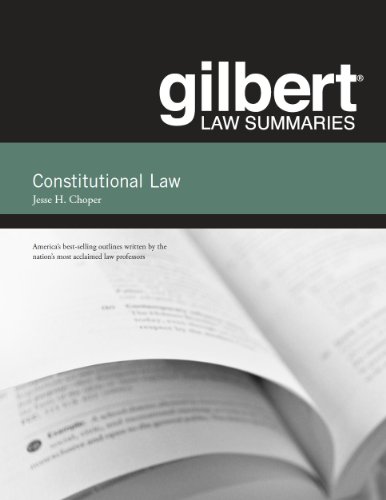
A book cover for Gilbert Law Summaries on Constitutional Law; Jesse Choper; Law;